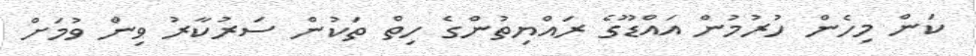
ކަން މިހެން ހުުރުމުން އައްޑޫގެ ރައްޔިތުންގެ ހިތް ތަކުން ސަރުކާރު ވިން ވުމަށް